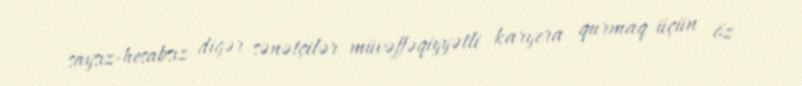
saysız-hesabsız digər sənətçilər müvəffəqiyyətli karyera qurmaq üçün öz